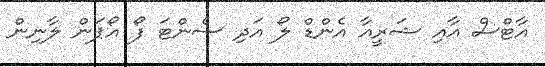
އާޓްސް އާއި ޝަރީއާ އެންޑް ލޯ އަދި ސެންޓަ ފޯ އޯޕަން ލާނިން